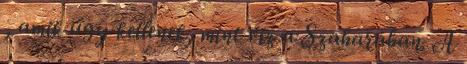
, amik úgy kellenek, mint víz a Szaharában. A